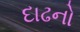
દાઢનો